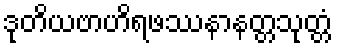
ဒုတိယဗာဟိရဖဿနာနတ္တသုတ္တံ